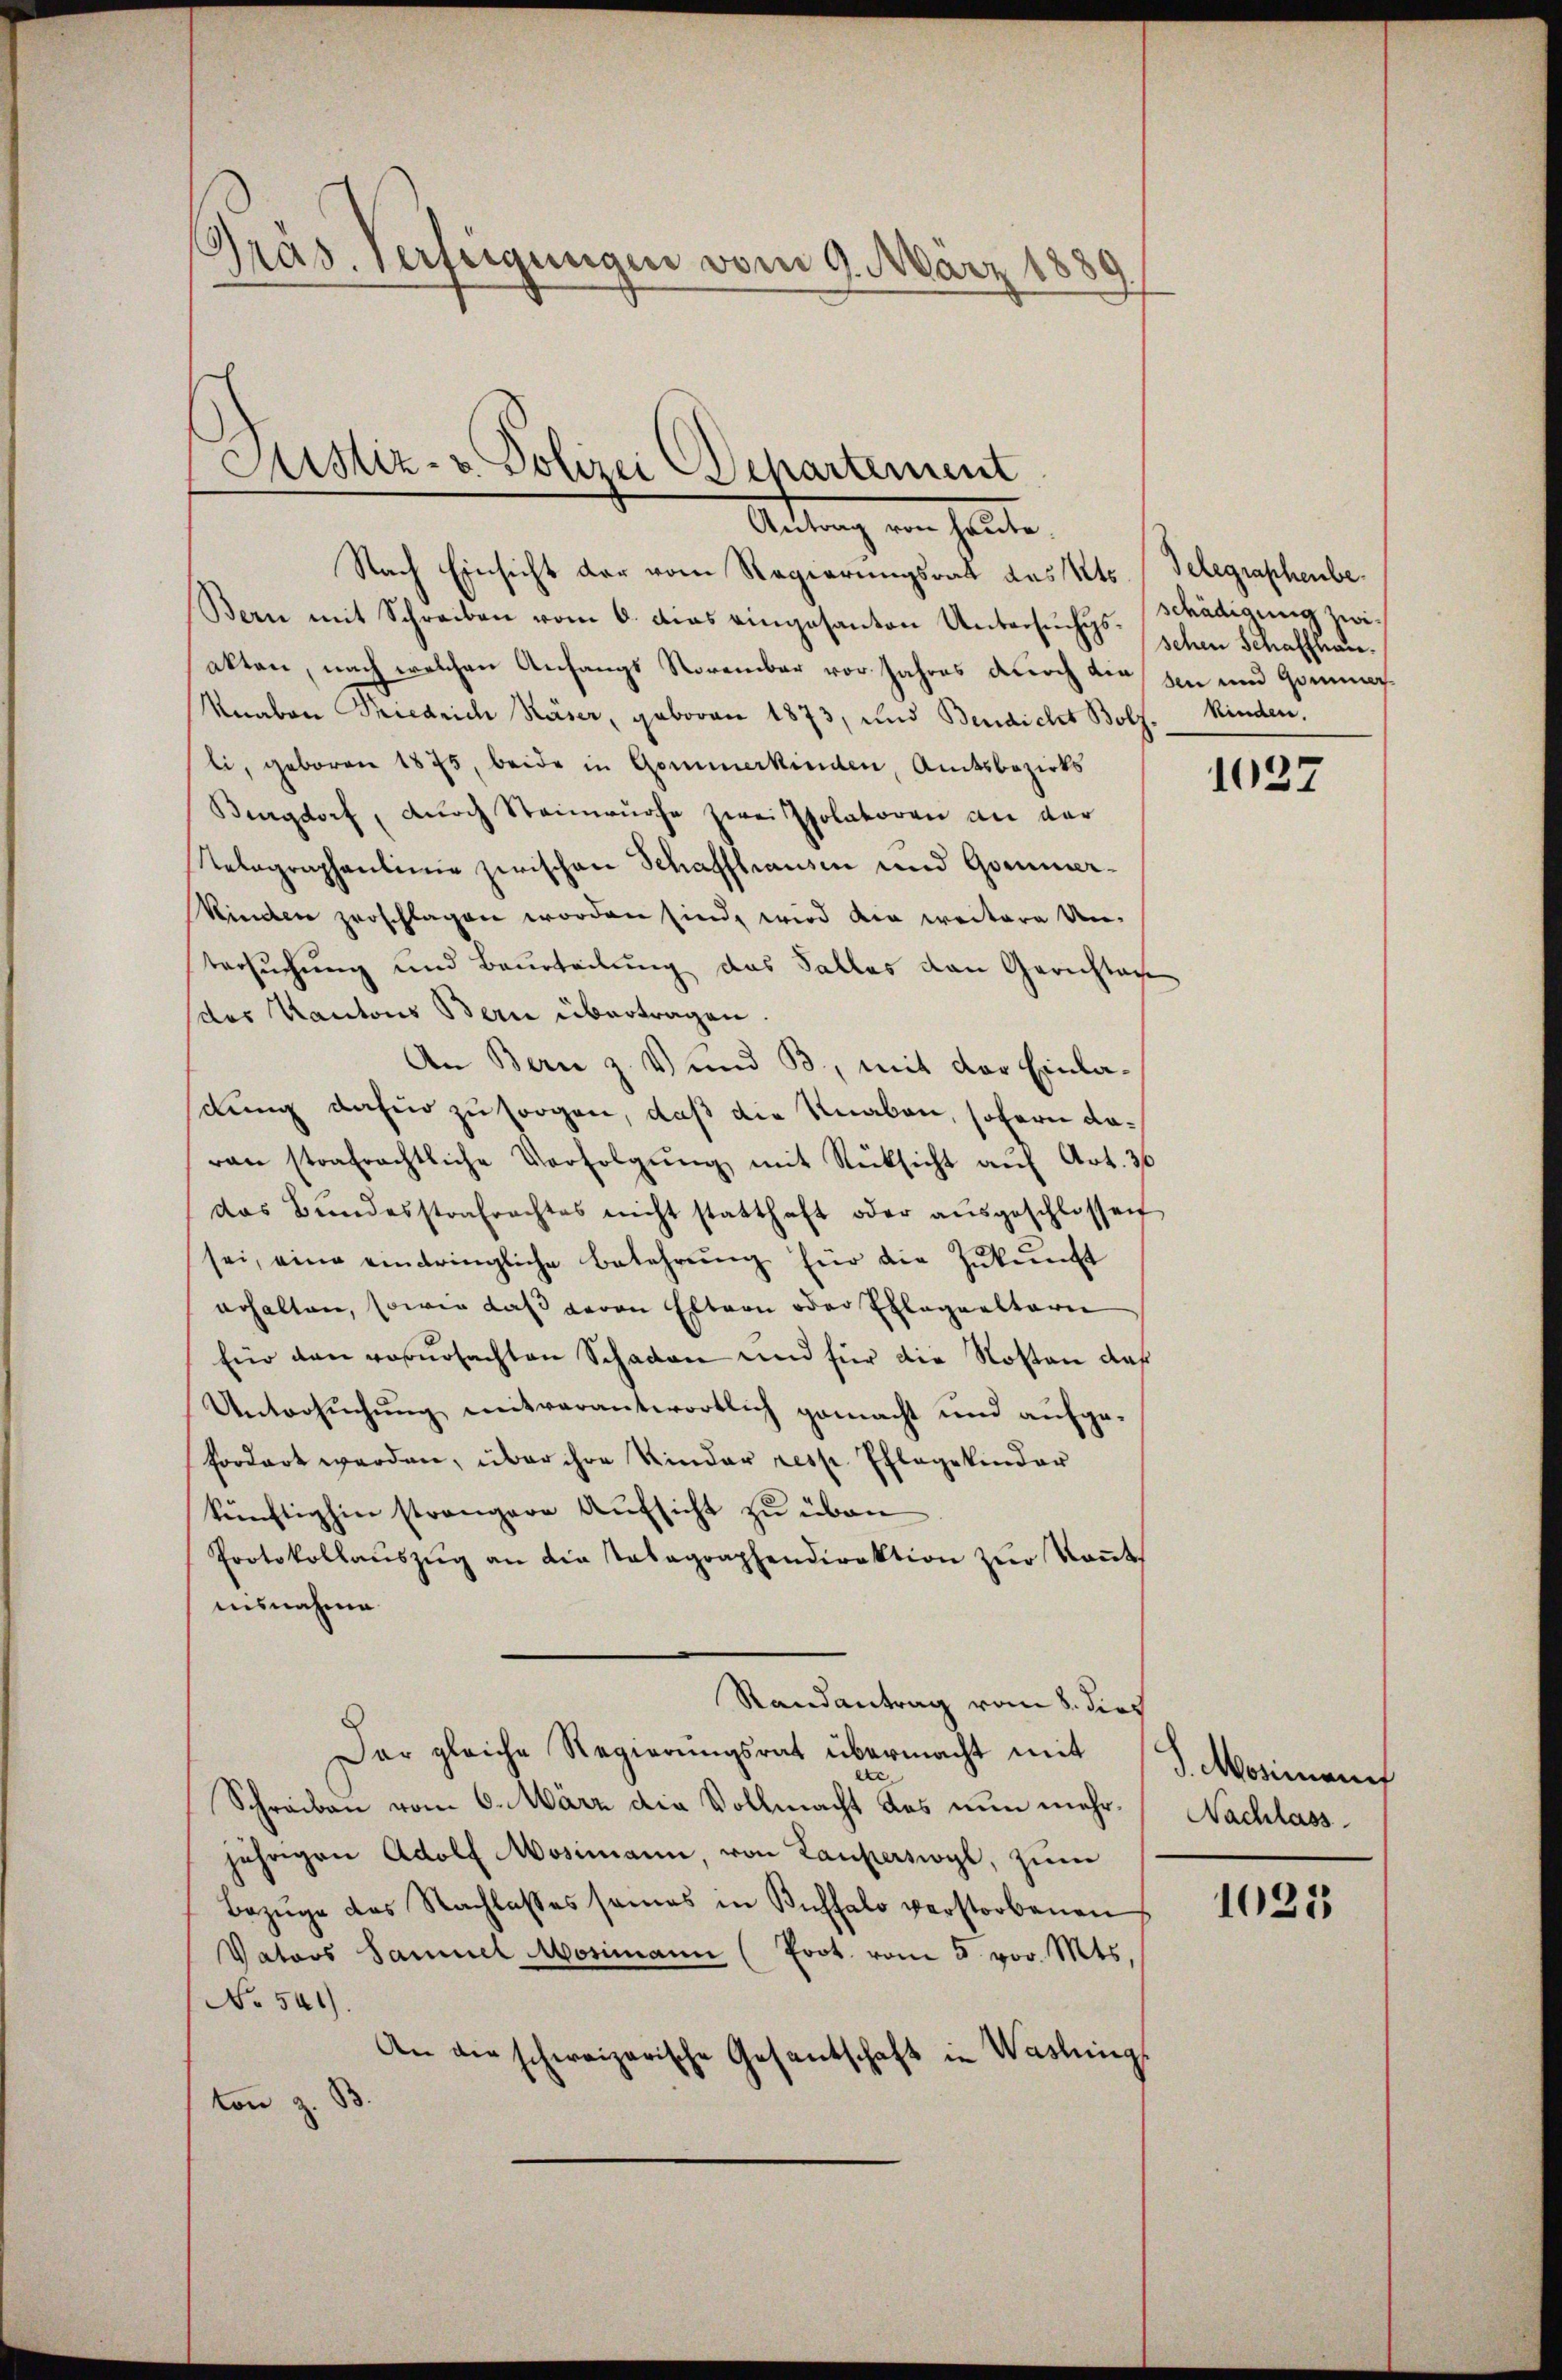
Gras. Verfeigungen vom 9. März 1880

Sistiz- u. Polizei Departement
Artung von heute,

Nach Einsicht der vom Regierungsrath das Kts. Telegraphenbe¬
Bern mit Schreiben vom 6. dies eingesanton Untersuchs- Schädigung zwiakten, nach welchen Anfangs Vorembar vor Jahres durch die son und Gomma
Knaben Friedrich Käser, geboren 1873, und Bendicht Bolf. Kinden,
li, geboren 1875, beide in Gommerkinden, Amtsbezirks
Burgdorf, durch Steinwürfe zwei Psolatoren an der
Telegraphaulinie zwischen Schaffhausen und Gormerkinden zerschlagen worden sind, wird die weitere Untersuchung und Beurteilung das Falles von Gerichtach
(des Kantons Bern übertragen.
An Bern z. V und B., mit der Einlasilung dafür zu sorgen, daß die Knaben, sofern daran strafrechtliche Verfolgŭng mit Rücksicht aŭf Art. 30
das Bŭndesstrafrachtes nicht statthaft oder aŭsgeschlossen
sei, eine eindringliche Bekehrŭng für die Zŭkŭnft
erhalten, sowie daß davon Eltern oder Erlagealteri
für den rosursachten Schaden und für die Kosten daß
Untersuchung mitverantwortlich gemacht und aufgefordert werden, über ihre Kinder resp. Pflegekinder
künftighin strengere Aufsicht zu über
Protokollaŭszŭg an die Tabagraphendirektion zŭr Koṅt
nisnahme
Randantrag vom 8. dies
Dar gleiche Regierungsrat übermacht mit 9 Mosimann
Schreiben vom 6. März die Vollmacht das nun mehr Nachlass
jährigen Adolf Mosimann, von Lauperswyl, zum
Bezüge des Nachlasses sames in Buffalo verstorbenen
Vators Samuel Mosimann (Prot. vom 5. vor. Mts.,
No 541).
An die schweizerische Gesantschaft in Washings
ton z. B.

schen Schaffenden

1027

1025